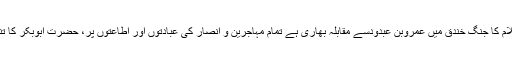
علی علیہ السلام کا جنگ ِخندق میں عمروبن عبدودسے مقابلہ بھاری ہے تمام مہاجرین و انصار کی عبادتوں اور اطاعتوں پر، حضرتِ ابوبکر کا تنہا کیا مقابلہ!